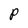
Character: P